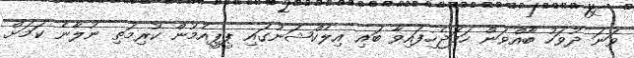
ވަނަ ދުވަހު ބާއްވަން ހަމަޖެހިފައިވާ ބައި އިލެކްޝަނުގައި ޕީޕީއެމުން ކުރިމަތި ނުލާނެ ކަމަށް